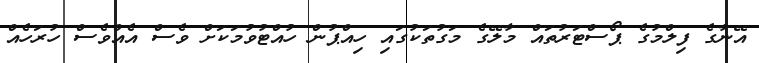
އޭނާގެ ފިލްމުގެ ޕޯސްޓަރުތައް މާލޭގެ މަގުތަކުގައި ހިއްޕުން ހުއްޓުވުމަކަށް ވެސް އެއްވެސް ހުރަހެއް